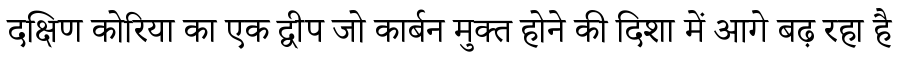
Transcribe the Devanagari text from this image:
दक्षिण कोरिया का एक द्वीप जो कार्बन मुक्त होने की दिशा में आगे बढ़ रहा है